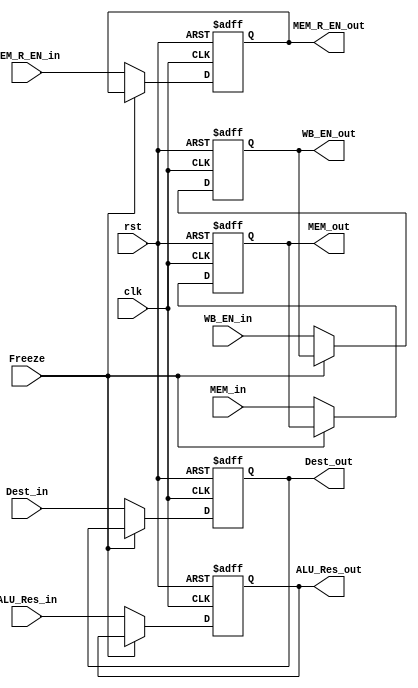
module MEM_Stage_Reg
(
    input                            clk,
    input                            rst,
    input                            Freeze,
    input                            MEM_R_EN_in,
    input                            WB_EN_in,
    input [3:0]                      Dest_in,
    input [31:0]                     ALU_Res_in,
    input [31:0]                     MEM_in,

    output reg                       MEM_R_EN_out,
    output reg                       WB_EN_out,
    output reg [3:0]                 Dest_out,
    output reg [31:0]                ALU_Res_out,
    output reg [31:0]                MEM_out
);

    always @(posedge clk, posedge rst) begin
        if(rst) begin
            MEM_R_EN_out <= 0;
            WB_EN_out <= 0;
            Dest_out <= 0;
            ALU_Res_out <= 0;
            MEM_out <= 0;
        end
        else if(Freeze) begin
            MEM_R_EN_out <= MEM_R_EN_out;
            WB_EN_out <= WB_EN_out;
            Dest_out <= Dest_out;
            ALU_Res_out <= ALU_Res_out;
            MEM_out <= MEM_out;
        end
        else begin
            MEM_R_EN_out <= MEM_R_EN_in;
            WB_EN_out <= WB_EN_in;
            Dest_out <= Dest_in;
            ALU_Res_out <= ALU_Res_in;
            MEM_out <= MEM_in;
        end
    end

endmodule